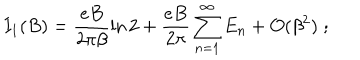
LaTeX: I _ { 1 } ( B ) = \frac { e B } { 2 \pi \beta } \ln 2 + \frac { e B } { 2 \pi } \sum _ { n = 1 } ^ { \infty } E _ { n } + { \cal { O } } ( \beta ^ { 2 } ) \; ;